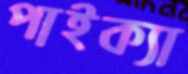
পাইক্যা